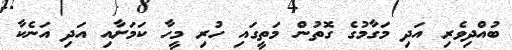
ބުއްދިވެރި އަދި މަގާމުގެ ގޮތުން މަތީގައި ހުރި މީހާ ކަމަށާއި އަދި އަނެކާ